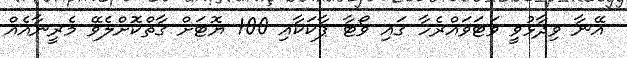
އޭނާ ވިދާޅުވީ ވަޓަވައްރެހާ ގައި ވޯޓާ ޕާކަކާއި 100 ޔޮޓަށް ގާތްކޮށްލެވޭ މެރީނާއެއް